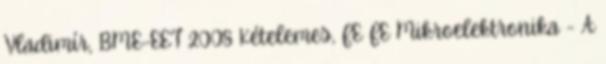
Vladimír, BME-EET 2008 Kételemes, FE FE Mikroelektronika - A